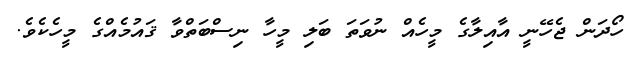
ހޯދަން ޖެހޭނީ އާއިލާގެ މީހެއް ނުވަތަ ބަލި މީހާ ނިސްބަތްވާ ޤައުމެއްގެ މީހެކެވެ.